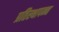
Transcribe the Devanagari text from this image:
प्रतिस्थापन्न